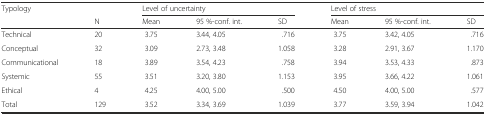
<table><thead><tr><td rowspan="2"><b>Typology</b></td><td></td><td colspan="3"><b>Level of uncertainty</b></td><td colspan="3"><b>Level of stress</b></td></tr><tr><td><b>N</b></td><td><b>Mean</b></td><td><b>95 %-conf. int.</b></td><td><b>SD</b></td><td><b>Mean</b></td><td><b>95 %-conf. int.</b></td><td><b>SD</b></td></tr></thead><tbody><tr><td>Technical</td><td>20</td><td>3.75</td><td>3.44, 4.05</td><td>.716</td><td>3.75</td><td>3.42, 4.05</td><td>.716</td></tr><tr><td>Conceptual</td><td>32</td><td>3.09</td><td>2.73, 3.48</td><td>1.058</td><td>3.28</td><td>2.91, 3.67</td><td>1.170</td></tr><tr><td>Communicational</td><td>18</td><td>3.89</td><td>3.54, 4.23</td><td>.758</td><td>3.94</td><td>3.53, 4.33</td><td>.873</td></tr><tr><td>Systemic</td><td>55</td><td>3.51</td><td>3.20, 3.80</td><td>1.153</td><td>3.95</td><td>3.66, 4.22</td><td>1.061</td></tr><tr><td>Ethical</td><td>4</td><td>4.25</td><td>4.00, 5.00</td><td>.500</td><td>4.50</td><td>4.00, 5.00</td><td>.577</td></tr><tr><td>Total</td><td>129</td><td>3.52</td><td>3.34, 3.69</td><td>1.039</td><td>3.77</td><td>3.59, 3.94</td><td>1.042</td></tr></tbody></table>